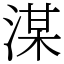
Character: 湈